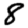
Digit: 8